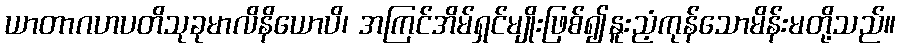
ယာတာဂဟပတိသုခုမာလိနိယောပိ၊ အကြင်အိမ်ရှင်မျိုးဖြစ်၍နူးညံ့ကုန်သောမိန်းမတို့သည်။